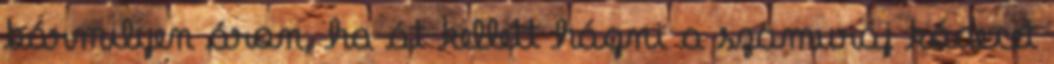
bármilyen áron, ha át kellett hágni a szamuráj kódexet